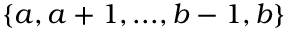
\{ a , a + 1 , . . . , b - 1 , b \}